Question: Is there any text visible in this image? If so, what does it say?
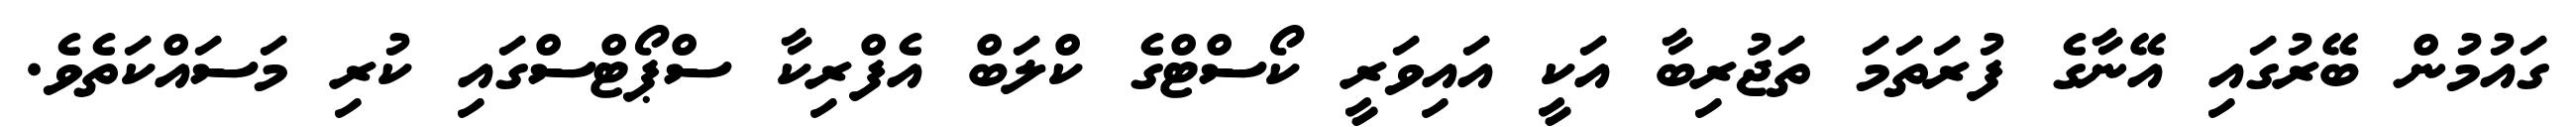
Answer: ގައުމުން ބޭރުގައި އޭނާގެ ފުރަތަމަ ތަޖުރިބާ އަކީ އައިވަރީ ކޯސްޓްގެ ކްލަބް އެފްރިކާ ސްޕޯޓްސްގައި ކުރި މަސައްކަތެވެ.